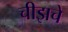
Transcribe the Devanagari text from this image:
चीझचे